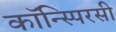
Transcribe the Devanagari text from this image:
कॉन्स्पिरसी